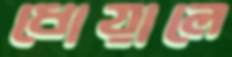
ধোয়ালে